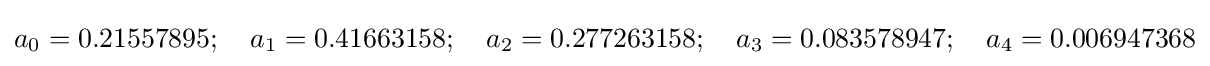
a_{0}=0.21557895;\quad a_{1}=0.41663158;\quad a_{2}=0.277263158;\quad a_{3}=0.083578947;\quad a_{4}=0.006947368